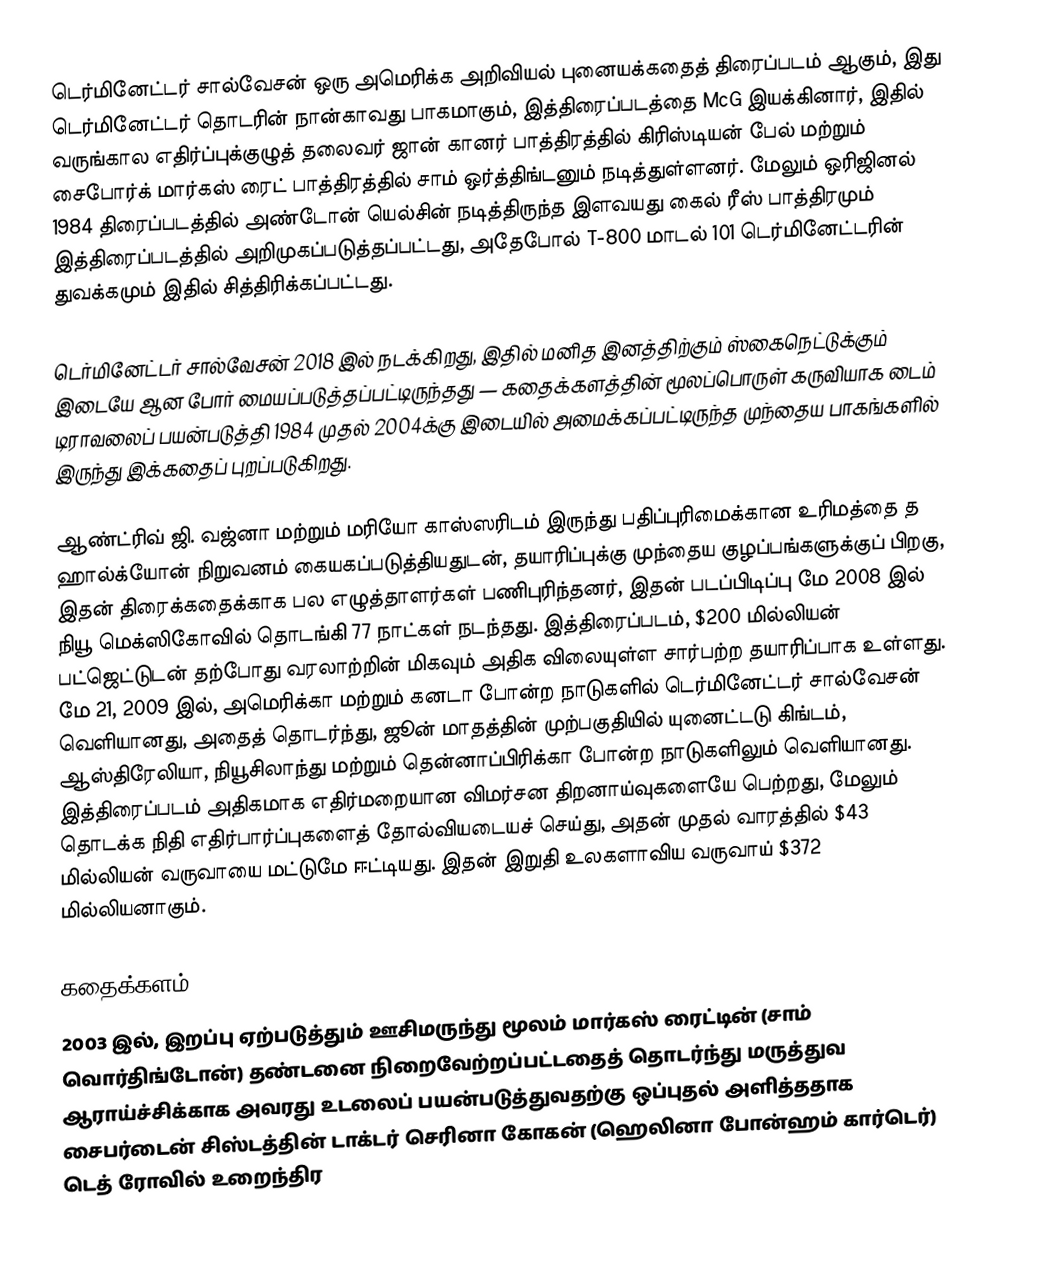
டெர்மினேட்டர் சால்வேசன்  ஒரு  அமெரிக்க அறிவியல் புனையக்கதைத் திரைப்படம் ஆகும், இது டெர்மினேட்டர் தொடரின் நான்காவது பாகமாகும், இத்திரைப்படத்தை McG இயக்கினார், இதில் வருங்கால எதிர்ப்புக்குழுத் தலைவர் ஜான் கானர் பாத்திரத்தில் கிரிஸ்டியன் பேல் மற்றும் சைபோர்க் மார்கஸ் ரைட் பாத்திரத்தில் சாம் ஒர்த்திங்டனும் நடித்துள்ளனர். மேலும் ஒரிஜினல் 1984 திரைப்படத்தில் அண்டோன் யெல்சின் நடித்திருந்த இளவயது கைல் ரீஸ் பாத்திரமும் இத்திரைப்படத்தில் அறிமுகப்படுத்தப்பட்டது, அதேபோல் T-800 மாடல் 101 டெர்மினேட்டரின் துவக்கமும் இதில் சித்திரிக்கப்பட்டது.

டெர்மினேட்டர் சால்வேசன் 2018 இல் நடக்கிறது, இதில் மனித இனத்திற்கும் ஸ்கைநெட்டுக்கும் இடையே ஆன போர் மையப்படுத்தப்பட்டிருந்தது — கதைக்களத்தின் மூலப்பொருள் கருவியாக டைம் டிராவலைப் பயன்படுத்தி 1984 முதல் 2004க்கு இடையில் அமைக்கப்பட்டிருந்த முந்தைய பாகங்களில் இருந்து இக்கதைப் புறப்படுகிறது.

ஆண்ட்ரிவ் ஜி. வஜ்னா மற்றும் மரியோ காஸ்ஸரிடம் இருந்து பதிப்புரிமைக்கான உரிமத்தை த ஹால்க்யோன் நிறுவனம் கையகப்படுத்தியதுடன், தயாரிப்புக்கு முந்தைய குழப்பங்களுக்குப் பிறகு, இதன் திரைக்கதைக்காக பல எழுத்தாளர்கள் பணிபுரிந்தனர், இதன் படப்பிடிப்பு மே 2008 இல் நியூ மெக்ஸிகோவில் தொடங்கி 77 நாட்கள் நடந்தது. இத்திரைப்படம், $200 மில்லியன் பட்ஜெட்டுடன் தற்போது வரலாற்றின் மிகவும் அதிக விலையுள்ள சார்பற்ற தயாரிப்பாக உள்ளது. மே 21, 2009 இல், அமெரிக்கா மற்றும் கனடா போன்ற நாடுகளில் டெர்மினேட்டர் சால்வேசன் வெளியானது, அதைத் தொடர்ந்து, ஜூன் மாதத்தின் முற்பகுதியில் யுனைட்டடு கிங்டம், ஆஸ்திரேலியா, நியூசிலாந்து மற்றும் தென்னாப்பிரிக்கா போன்ற நாடுகளிலும் வெளியானது. இத்திரைப்படம் அதிகமாக எதிர்மறையான விமர்சன திறனாய்வுகளையே பெற்றது, மேலும் தொடக்க நிதி எதிர்பார்ப்புகளைத் தோல்வியடையச் செய்து, அதன் முதல் வாரத்தில் $43 மில்லியன் வருவாயை மட்டுமே ஈட்டியது. இதன் இறுதி உலகளாவிய வருவாய் $372 மில்லியனாகும்.

 கதைக்களம்
2003 இல், இறப்பு ஏற்படுத்தும் ஊசிமருந்து மூலம் மார்கஸ் ரைட்டின் (சாம் வொர்திங்டோன்) தண்டனை நிறைவேற்றப்பட்டதைத் தொடர்ந்து மருத்துவ ஆராய்ச்சிக்காக அவரது உடலைப் பயன்படுத்துவதற்கு ஒப்புதல் அளித்ததாக சைபர்டைன் சிஸ்டத்தின் டாக்டர் செரினா கோகன் (ஹெலினா போன்ஹம் கார்டெர்) டெத் ரோவில் உறைந்திர